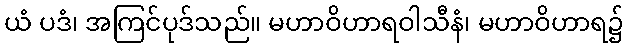
ယံ ပဒံ၊ အကြင်ပုဒ်သည်။ မဟာဝိဟာရဝါသီနံ၊ မဟာဝိဟာရ၌